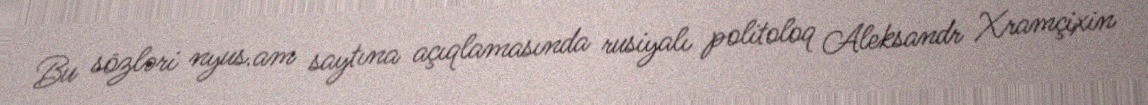
Bu sözləri nyus.am saytına açıqlamasında rusiyalı politoloq Aleksandr Xramçixin